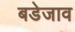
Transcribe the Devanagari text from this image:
बडेजाव